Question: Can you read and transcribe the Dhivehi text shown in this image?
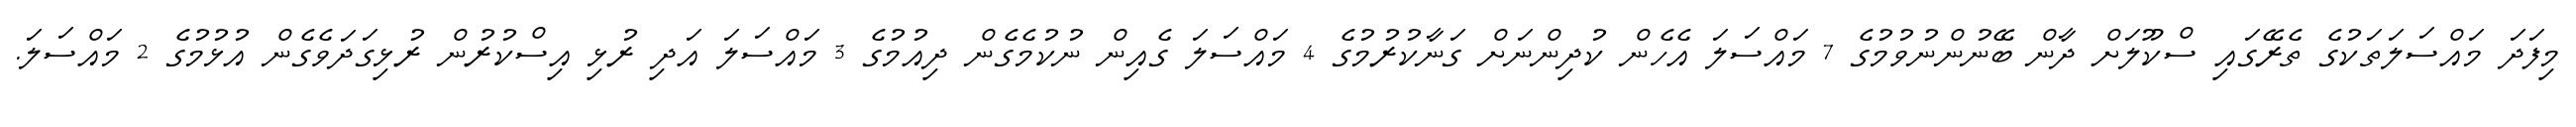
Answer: މިފަދަ މައްސަލަތަކުގެ ތެރޭގައި ސްކޫލަށް ދާން ބޭނުންނުވުމުގެ 7 މައްސަލަ އެހެން ކުދިންނަށް ގަނާކުރުމުގެ 4 މައްސަލަ ގެއިން ނުކުމެގެން ދިއުމުގެ 3 މައްސަލަ އަދި ރުޅި އިސްކުރުން ރުޅިގަދަވެގެން އުޅުމުގެ 2 މައްސަލަ.